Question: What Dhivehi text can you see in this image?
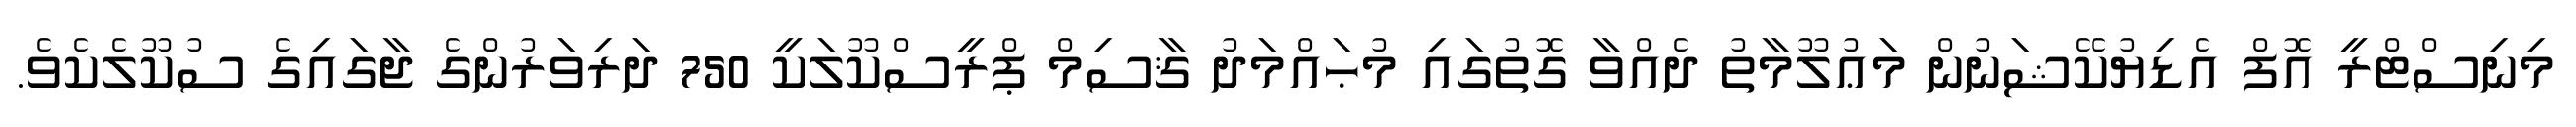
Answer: މިނިސްޓްރީ އޮފް އެޑިޔުކޭޝަނުން މަޢުލޫމާތު ދެއްވާ ގޮތުގައި މުޙައްމަދު ޤާސިމް ޕްރީސްކޫލަކީ 750 ދަރިވަރުންގެ ޖާގައިގެ ސުކޫލެކެވެ.